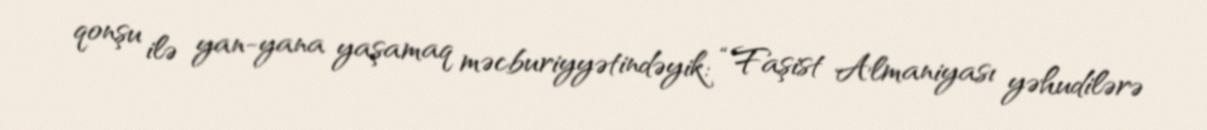
qonşu ilə yan-yana yaşamaq məcburiyyətindəyik: “Faşist Almaniyası yəhudilərə